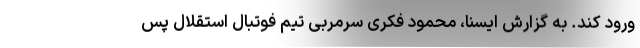
ورود کند. به گزارش ایسنا، محمود فکری سرمربی تیم فوتبال استقلال پس